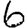
Digit: 6